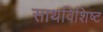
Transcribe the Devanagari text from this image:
साथविशिष्ट